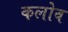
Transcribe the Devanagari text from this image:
कलोव